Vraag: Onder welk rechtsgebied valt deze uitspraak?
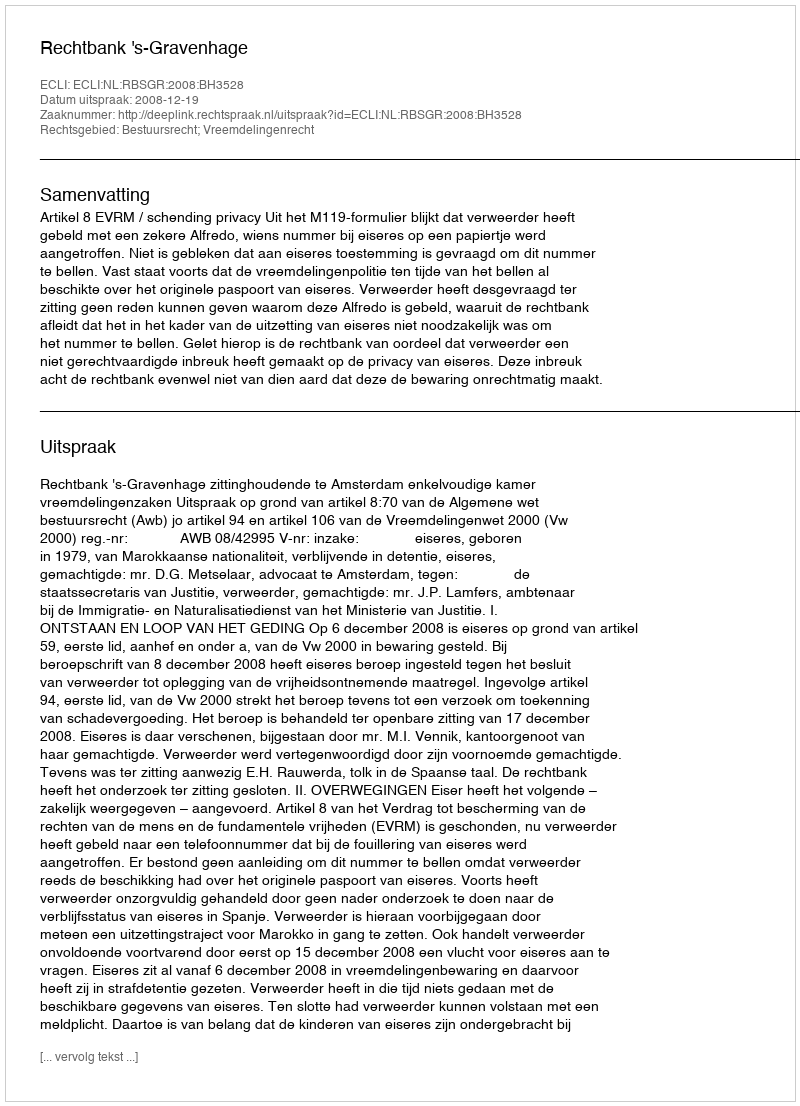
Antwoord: Bestuursrecht; Vreemdelingenrecht